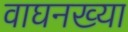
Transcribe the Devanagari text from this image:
वाघनख्या